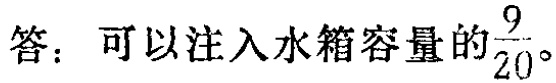
答：可以注入水箱容量的$\frac{9}{20}$。